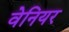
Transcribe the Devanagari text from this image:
वेनियर